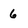
Character: 6